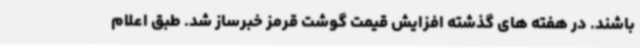
باشند. در هفته های گذشته افزایش قیمت گوشت قرمز خبرساز شد. طبق اعلام